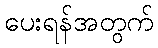
ပေးရန်အတွက်